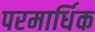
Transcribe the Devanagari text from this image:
परमार्धिक